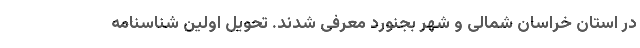
در استان خراسان شمالی و شهر بجنورد معرفی شدند. تحویل اولین شناسنامه